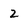
Character: 2